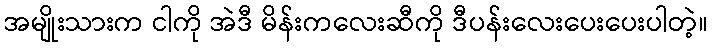
အမျိုးသားက ငါကို အဲဒီ မိန်းကလေးဆီကို ဒီပန်းလေးပေးပေးပါတဲ့။